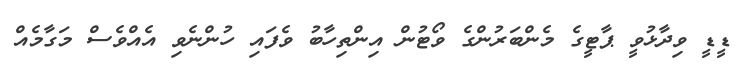
ޑީޑީ ވިދާޅުވީ ޕާޓީގެ މެންބަރުންގެ ވޯޓުން އިންތިހާބު ވެފައި ހުންނެވި އެއްވެސް މަގާމެއް